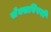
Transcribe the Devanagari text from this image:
सेक्सविषयी